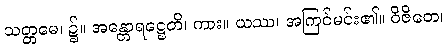
သတ္တမေ၊ ၌။ အန္တောရဋ္ဌေတိ၊ ကား။ ယဿ၊ အကြင်မင်း၏။ ဝိဇိတေ၊